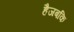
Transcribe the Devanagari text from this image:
हैजबकि